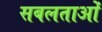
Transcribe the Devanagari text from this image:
सबलताओं